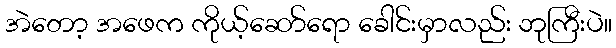
အဲတော့ အဖေက ကိုယ့်ဆော်ရော ခေါင်းမှာလည်း ဘုကြီးပဲ။